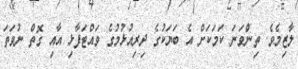
ލާޒިމެވެ. ތިންވަނަ ކަމަކަށް އެ ބަޔަކުގެ ދިރިއުޅުމުގެ ވައްޓަފާޅި އާއި ގޮތް ނުވަތަ